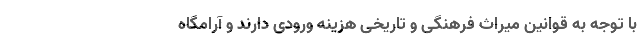
با توجه به قوانین میراث فرهنگی و تاریخی هزینه ورودی دارند و آرامگاه